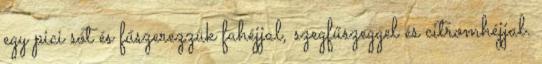
egy pici sót és fűszerezzük fahéjjal, szegfűszeggel és citromhéjjal.